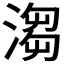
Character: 𣺥